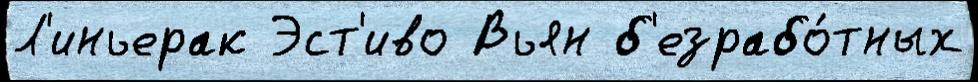
Л'иньерак Эст'иво Вьян б'езрабо́тных